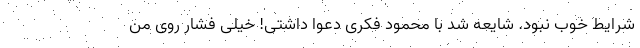
شرایط خوب نبود. شایعه شد با محمود فکری دعوا داشتی! خیلی فشار روی من